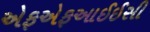
એફએફઆઈઈસી